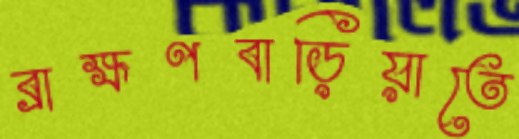
ব্রাহ্মণবাড়িয়াতে